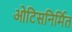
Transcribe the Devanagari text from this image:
ओटिसनिर्मित